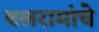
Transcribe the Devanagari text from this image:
बलरामांचे